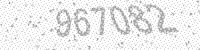
Solution: 967082